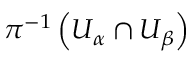
\pi ^ { - 1 } \left( U _ { \alpha } \cap U _ { \beta } \right)